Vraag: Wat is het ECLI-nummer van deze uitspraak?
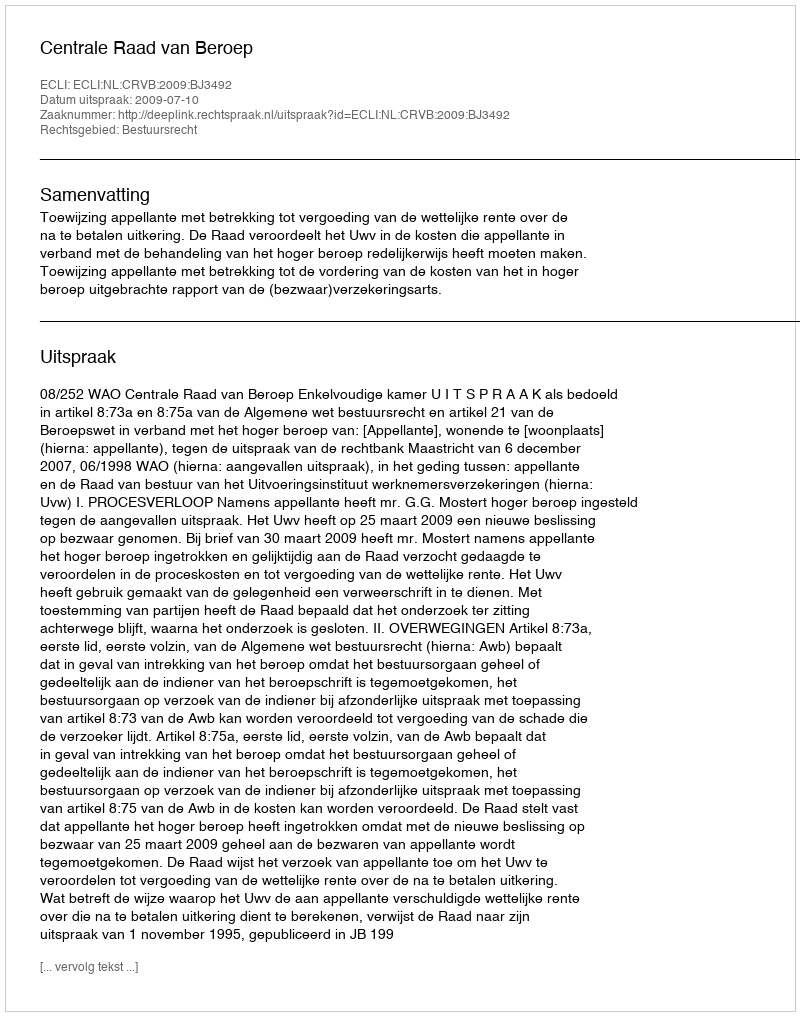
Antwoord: ECLI:NL:CRVB:2009:BJ3492